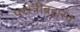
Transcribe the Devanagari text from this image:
परस्त्रीब्रह्मस्व